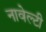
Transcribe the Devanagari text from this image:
नावेल्टी